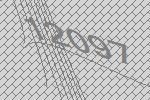
12097